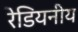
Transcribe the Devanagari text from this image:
रेडियनीय